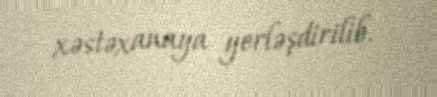
xəstəxanaya yerləşdirilib.